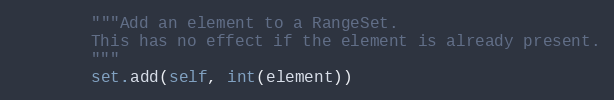
Language: Python
        """Add an element to a RangeSet.
        This has no effect if the element is already present.
        """
        set.add(self, int(element))